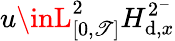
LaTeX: u\inL_{[0,\mathscr{T}]}^{2}H_{\mathrm{d},x}^{2^{-}}